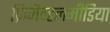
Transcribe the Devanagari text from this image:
फ्रिमैन्टलमीडिया